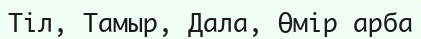
Тіл, Тамыр, Дала, Өмір арба